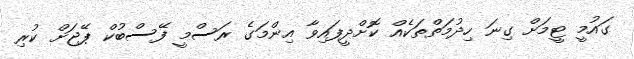
ގައުމީ ޓީމަށް ގިނަ ހިދުމަތްތަކެއް ކޮށްދީފައިވާ އިންމަގެ ރަސްމީ ފޭސްބުކް ޕޭޖަށް ކުރި